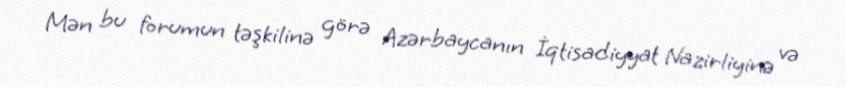
Mən bu forumun təşkilinə görə Azərbaycanın İqtisadiyyat Nazirliyinə və